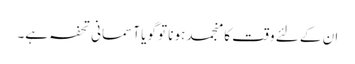
ان کے لئے وقت کا منجمد ہونا تو گویا آسمانی تحفہ ہے۔